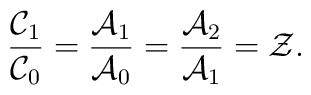
\frac{\mathcal{C}_1}{\mathcal{C}_0} =   \frac{\mathcal{A}_1}{\mathcal{A}_0} =   \frac{\mathcal{A}_2}{\mathcal{A}_1} =   \mathcal{Z}.